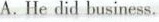
A. He did business.